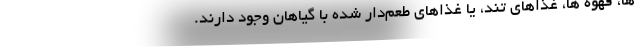
ها، قهوه ها، غذاهای تند، یا غذاهای طعم‌دار شده با گیاهان وجود دارند.